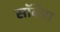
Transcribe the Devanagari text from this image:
सॉर्बेचा